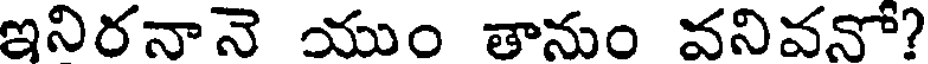
ఇనిరనానె యుం తానుం వనివనో?